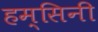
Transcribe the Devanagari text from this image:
हम्सिनी